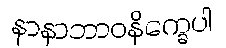
နာနာဘာဝနိက္ခေပါ